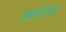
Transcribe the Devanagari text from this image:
सर्वास्‌